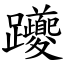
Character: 躨